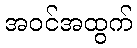
အဝင်အထွက်